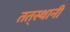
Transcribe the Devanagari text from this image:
तत्‌स्थानी